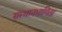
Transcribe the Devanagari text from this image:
संस्थानभागिता